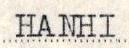
HANHI